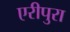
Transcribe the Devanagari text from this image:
एरीपुरा